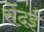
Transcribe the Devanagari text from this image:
सेंदई